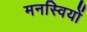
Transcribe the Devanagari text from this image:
मनस्वियों